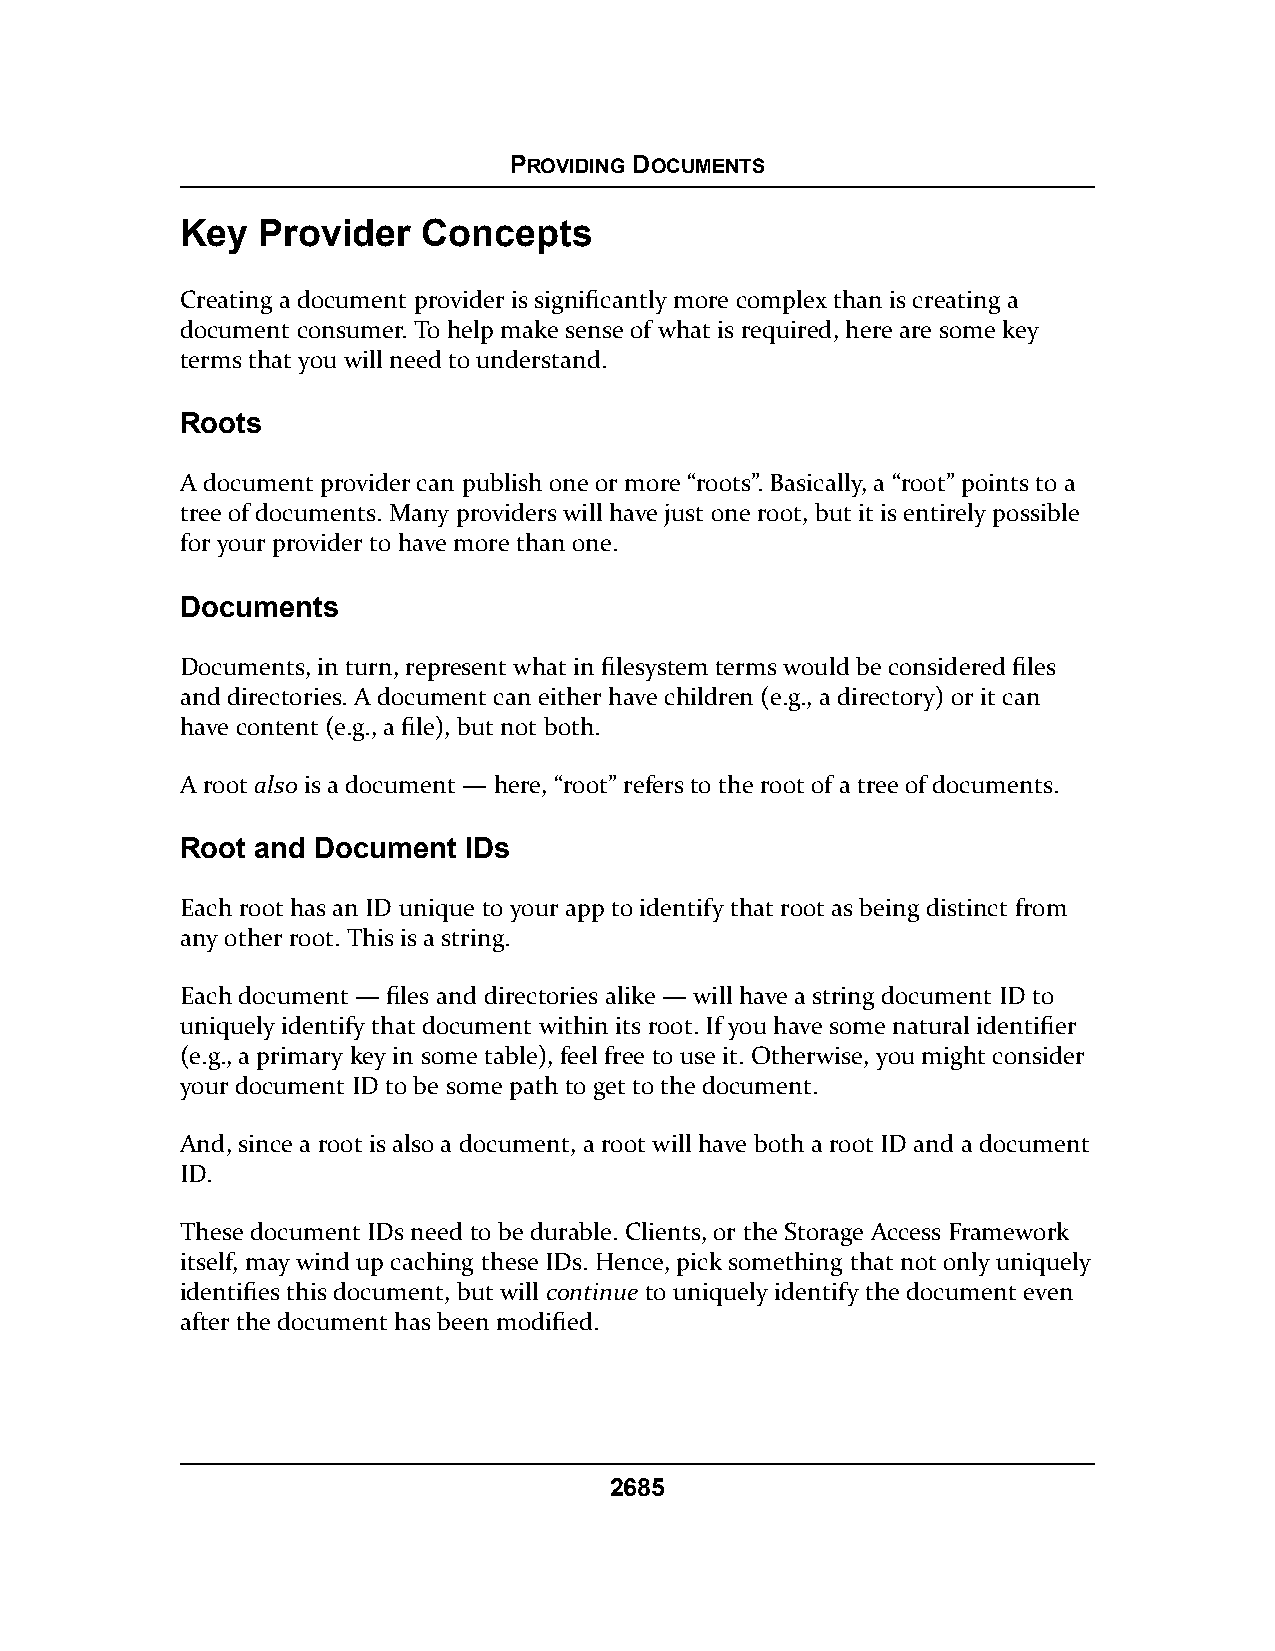
PROVIDING DOCUMENTS
 Key  Provider   Concepts
 Creating a document provider is significantly more complex than is creating a
 document consumer. To help make sense of what is required, here are some key
 terms that you will need to understand.
 Roots
 A document provider can publish one or more “roots”. Basically, a “root” points to a
 tree of documents. Many providers will have just one root, but it is entirely possible
 for your provider to have more than one.
 Documents
 Documents, in turn, represent what in filesystem terms would be considered files
 and directories. A document can either have children (e.g., a directory) or it can
 have content (e.g., a file), but not both.
 A root also is a document — here, “root” refers to the root of a tree of documents.
 Root and Document  IDs
 Each root has an ID unique to your app to identify that root as being distinct from
 any other root. This is a string.
 Each document — files and directories alike — will have a string document ID to
 uniquely identify that document within its root. If you have some natural identifier
 (e.g., a primary key in some table), feel free to use it. Otherwise, you might consider
 your document ID to be some path to get to the document.
 And, since a root is also a document, a root will have both a root ID and a document
 ID.
 These document IDs need to be durable. Clients, or the Storage Access Framework
 itself, may wind up caching these IDs. Hence, pick something that not only uniquely
 identifies this document, but will continue to uniquely identify the document even
 after the document has been modified.
 2685